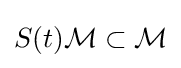
S(t){\mathcal {M}}\subset {\mathcal {M}}